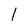
Character: l